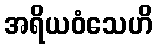
အရိယဝံသေဟိ